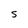
Character: S